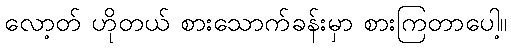
လော့တ် ဟိုတယ် စားသောက်ခန်းမှာ စားကြတာပေါ့။